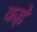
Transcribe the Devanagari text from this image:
कह्रे